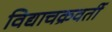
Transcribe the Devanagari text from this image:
विद्याचक्रवर्ती